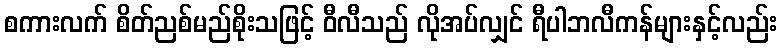
စကားလက် စိတ်ညစ်မည်စိုးသဖြင့် ဝီလီသည် လိုအပ်လျှင် ရီပါဘလီကန်များနှင့်လည်း